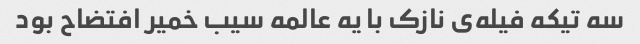
سه تیکه فیله‌ی نازک با یه عالمه سیب خمیر افتضاح بود